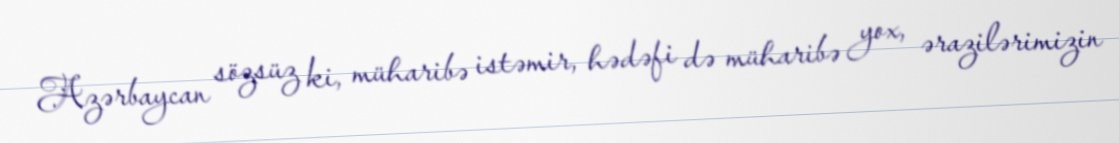
Azərbaycan sözsüz ki, müharibə istəmir, hədəfi də müharibə yox, ərazilərimizin